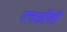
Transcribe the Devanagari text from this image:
एचडीवी